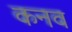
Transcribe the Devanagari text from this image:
कनव